Annual report of the Punjab Veterinary College and of the Civil Veterinary Department, Punjab - 1920-1925
Year: 1920
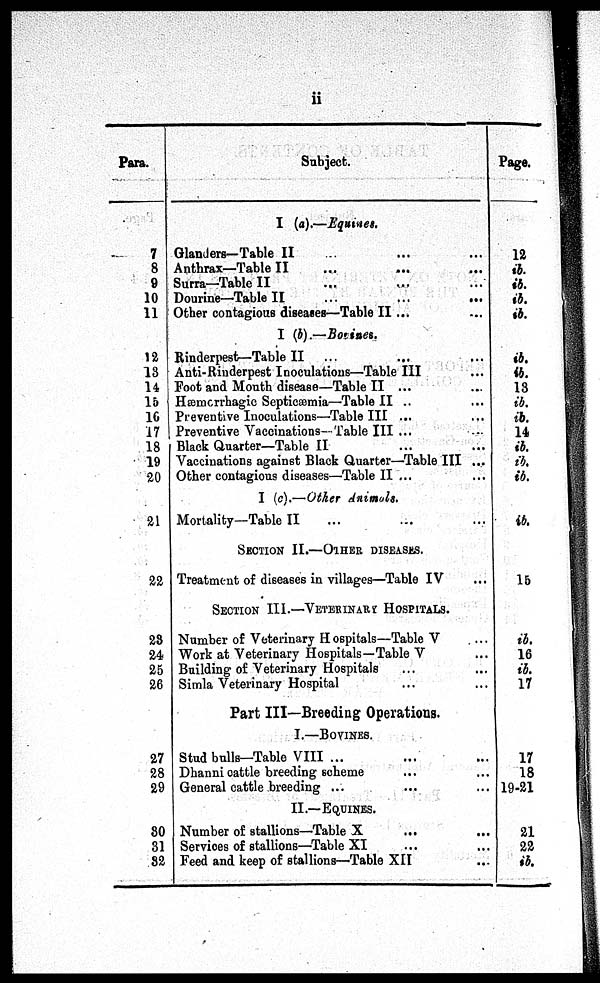
ii
Para.
7
8
9
10
11
12
13
14
15
16
17
18
19
20
21
22
23
24
25
26
27
28
29
30
31
82
Subject.
I (a).—Equines.
Glanders—Table II ... ... ... ...
Antbrax—Table II ... ... ... ...
Surra—Table II ... ... ... ...
Dourine—Table II
...
...
...
Other contagious diseases—Table II ... ... ...
I (b).—Bovines.
Rinderpest—Table II ... ... ...
Anti-Rinderpest Inoculations—Table III ... ...
Foot and Mouth disease—Table II ...
Hæmorrhagic Septicæmia—Table II ... ... ...
Preventive Inoculations—Table III ... ... ...
Preventive Vaccinations- Table III ... ... ...
Black Quarter—Table II ... ...
Vaccinations against Black Quarter—Table III ...
Other contagious diseases—Table II ... ... ...
I (c).—Other Animals.
Mortality—Table II ... ... ... ...
SECTION II.—OTHER DISEASE.
Treatment of diseases in villages—Table IV
SECTION III.—VETERINARY HOSPITALS.
Number of Veterinary H ospitals—Table V ... ... ...
Work at Veterinary Hospitals—Table V
Building of Veterinary Hospitals ...
Simla Veterinary Hospital ...
Part III—Breeding Operations.
I.—BOVINES.
Stud bulls—Table VIII ...
Dhanni cattle breeding scheme ... ... ... ...
General cattle breeding ... ... ... ...
II.—EQUINES.
Number of stallions—Table X ... ... ... ...
Services of stallions—Table XI ... ... ...
Feed and keep of stallions—Table XII ... ... ...
Page.
12
ib.
ib.
ib.
ib.
ib.
ib.
13
ib.
ib.
14
ib.
ib.
ib.
ib.
15
ib.
16
ib.
17
17
18
19-21
21
22
ib.